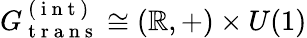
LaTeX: G_{\mathrm{~t~r~a~n~s~}}^{\mathrm{~(~i~n~t~)~}}\cong(\mathbb{R},+)\times U(1)